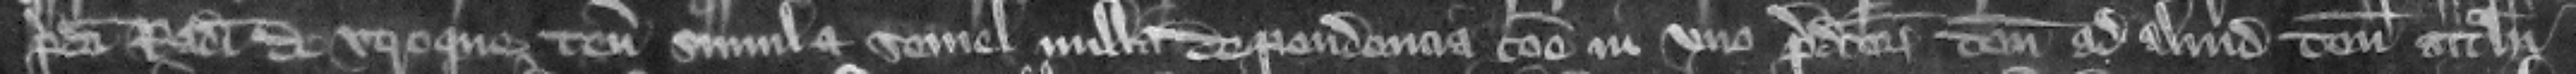
predicti Radulfi de vtroque tenemento simul et semel nulla dependencia commune in no predictorum tenementorum ad aliud tenementum attrahi